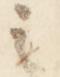
之